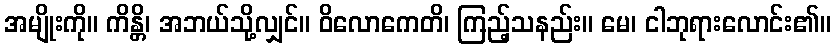
အမျိုးကို။ ကိန္တိ၊ အဘယ်သို့လျှင်။ ဝိလောကေတိ၊ ကြည့်သနည်း။ မေ၊ ငါဘုရားလောင်း၏။